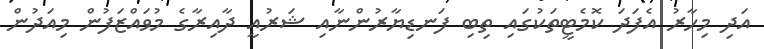
އަދި މިހާރު އެފަދަ ކޮމެޓީތަކުގައި ތިބި ފަނޑިޔާރުންނާއި ޝަރުއީ ދާއިރާގެ މުވައްޒަފުން މިއަދުން